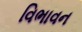
વિભાવન